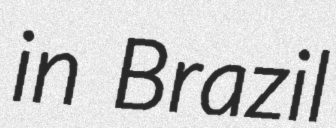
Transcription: in Brazil